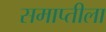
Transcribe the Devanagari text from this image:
समाप्तीला